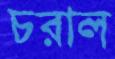
চরাল